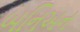
બનિઅન